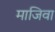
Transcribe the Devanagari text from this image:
माजिवा